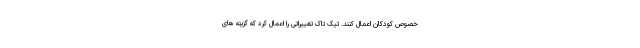
خصوص کودکان اعمال کنند. تیک تاک تغییراتی را اعمال کرد که گزینه های